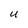
Character: U